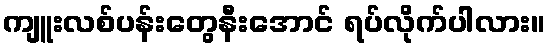
ကျူးလစ်ပန်းတွေနီးအောင် ရပ်လိုက်ပါလား။